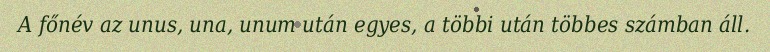
A főnév az unus, una, unum után egyes, a többi után többes számban áll.